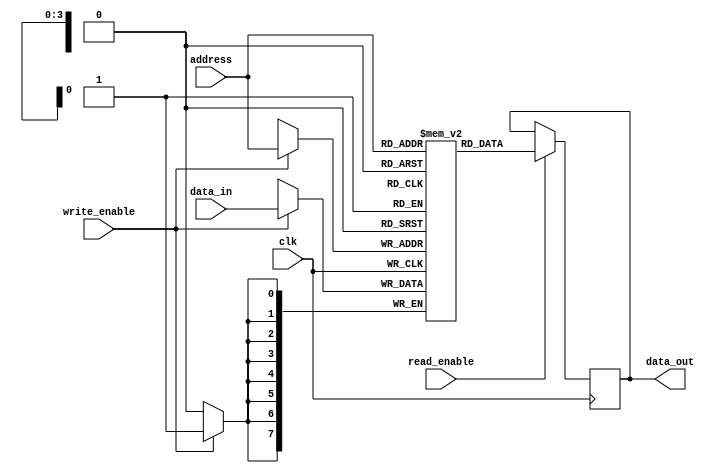
module parameterized_ram #(
    parameter DATA_WIDTH = 8, // Default data width
    parameter ADDR_WIDTH = 4   // Default address width
) (
    input wire clk,                      // Clock signal
    input wire write_enable,             // Write enable signal
    input wire [ADDR_WIDTH-1:0] address, // Address input
    input wire [DATA_WIDTH-1:0] data_in, // Data input
    input wire read_enable,              // Read enable signal
    output reg [DATA_WIDTH-1:0] data_out // Data output
);

    // Define the depth of the RAM
    localparam DEPTH = 2 ** ADDR_WIDTH;

    // Memory array declaration
    reg [DATA_WIDTH-1:0] memory [0:DEPTH-1];

    // Synchronous write operation
    always @(posedge clk) begin
        if (write_enable) begin
            // Write data to the specified address
            memory[address] <= data_in;
        end
    end

    // Synchronous read operation
    always @(posedge clk) begin
        if (read_enable) begin
            // Read data from the specified address
            data_out <= memory[address];
        end
    end

endmodule